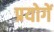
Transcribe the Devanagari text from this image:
प्रयोगें